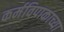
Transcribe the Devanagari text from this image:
कर्मविपाकाच्या